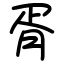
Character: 胥